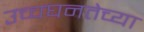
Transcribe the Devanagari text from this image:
उच्चघनतेच्या